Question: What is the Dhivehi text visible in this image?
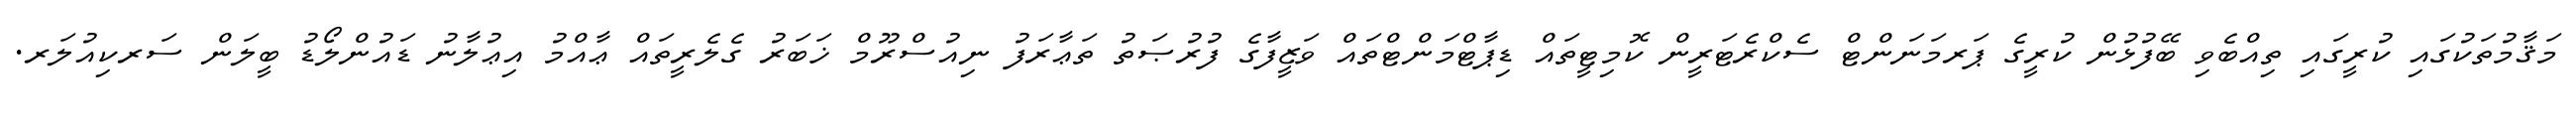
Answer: މަޤާމުތަކުގައި ކުރީގައި ތިއްބެވި ބޭފުޅުން ކުރީގެ ޕަރމަނަންޓް ސެކްރެޓަރީން ކޮމިޓީތައް ޑިޕާޓްމަންޓްތައް ވަޒީފާގެ ފުރުޞަތު ތަޢާރަފު ނިއުސްރޫމް ޚަބަރު ގެލެރީތައް ޢާއްމު އިޢުލާނު ޑައުންލޯޑު ބީލަން ސަރކިއުލަރ.